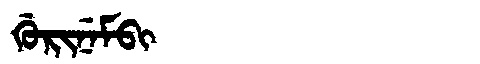
Manchu: ᡤᡠᡵᡳᠨᡝᠮᠪᡳ
Romanization: GURINEMBI